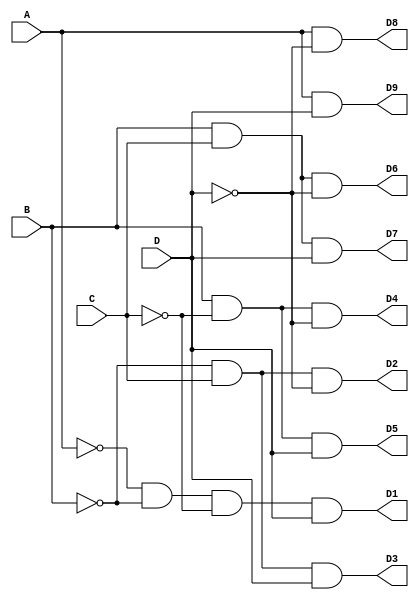
`timescale 1ns / 1ps


module inv(
    input A, B, C, D,
    output D1, D2, D3, D4, D5, D6, D7, D8, D9
    );
    assign D1 = (~A)&(~B)&(~C)&D;
    assign D2 = (~B)&C&(~D);
    assign D3 = (~B)&C&D;
    assign D4 = B&(~C)&(~D);
    assign D5 = B&(~C)&D;
    assign D6 = B&C&(~D);
    assign D7 = B&C&D;
    assign D8 = A&(~D);
    assign D9 = A&D;
    
    

    
endmodule